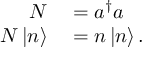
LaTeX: \begin{array} { r l } { N } & { { } = a ^ { \dagger } a } \\ { N \left| n \right\rangle } & { { } = n \left| n \right\rangle . } \end{array}